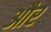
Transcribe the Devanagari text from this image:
और